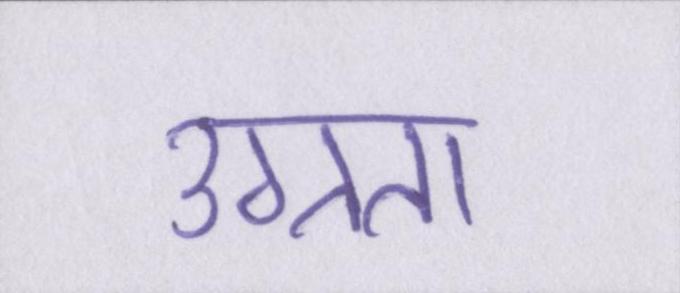
उग्रता